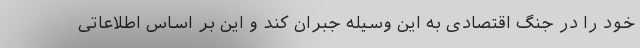
خود را در جنگ اقتصادی به این وسیله جبران کند و این بر اساس اطلاعاتی